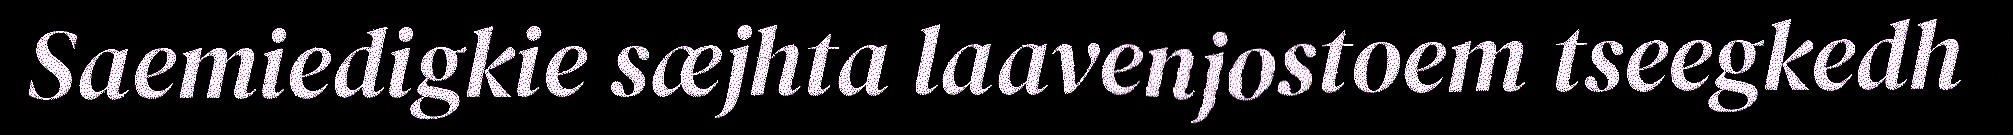
Saemiedigkie sæjhta laavenjostoem tseegkedh